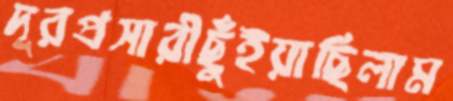
দূরপ্রসারীছুঁইয়াছিলাম